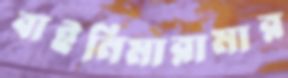
বাইনিমারামার